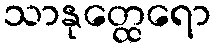
သာနုတ္ထေရော